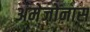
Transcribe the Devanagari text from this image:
अमेजोनास